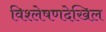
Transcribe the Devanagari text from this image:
विश्लेषणदेखिल